Leaving Certificate Examination (including Day School Certificate (Higher) General paper), 1932
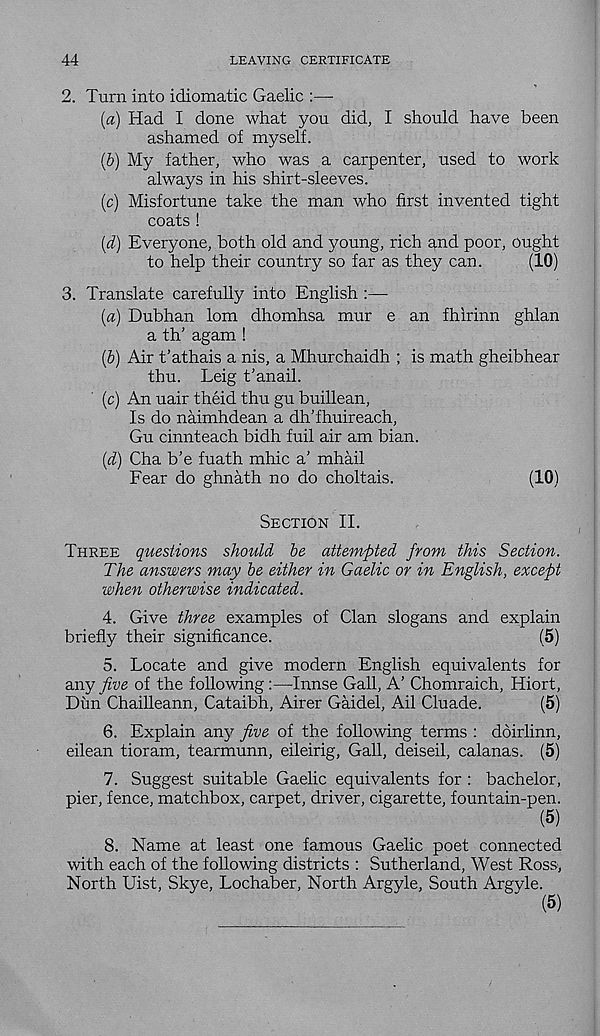
44
LEAVING CERTIFICATE
2. Turn into idiomatic Gaelic :—
(a) Had I done what you did, I should have been
ashamed of myself.
(b) My father, who was a carpenter, used to work
always in his shirt-sleeves.
(c) Misfortune take the man who first invented tight
coats!
(d) Everyone, both old and young, rich and poor, ought
to help their country so far as they can.
(10)
3. Translate carefully into English :—
(a) Dubhan lorn dhomhsa mur e an fhirinn ghlan
a th' agam !
(b) Air t’athais a nis, a Mhurchaidh ; is math gheibhear
thu. Leig t’anail.
(c) An uair theid thu gu buillean,
Is do naimhdean a dh’fhuireach,
Gu cinnteach bidh fuil air am bian.
(d) Cha b’e fuath mhic a' mhail
Fear do ghnath no do choltais.
(10)
Section II.
Three questions should be attempted from this Section.
The answers may be either in Gaelic or in English, except
when otherwise indicated.
4. Give three examples of Clan slogans and explain
briefly their significance.
(5)
5. Locate and give modern English equivalents for
any five of the following :—Innse Gall, A’ Chomraich, Hiort,
Dim Chailleann, Cataibh, Airer Gaidel, Ail Cluade.
(5)
6. Explain any five of the following terms : doirlinn,
eilean tioram, tearmunn, eileirig, Gall, deiseil, calanas. (5)
7. Suggest suitable Gaelic equivalents for : bachelor,
pier, fence, matchbox, carpet, driver, cigarette, fountain-pen.
(5)
8. Name at least one famous Gaelic poet connected
with each of the following districts : Sutherland, West Ross,
North Uist, Skye, Lochaber, North Argyle, South Argvle.
(5)